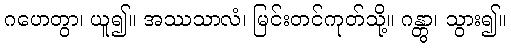
ဂဟေတွာ၊ ယူ၍။ အဿသာလံ၊ မြင်းတင်ကုတ်သို့။ ဂန္တွာ၊ သွား၍။